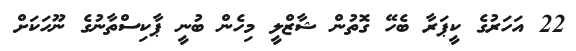
22 އަހަރުގެ ކީޕަރާ ބެހޭ ގޮތުން ޝާޒްލީ މިހެން ބުނީ ޕާކިސްތާނުގެ ނޫހަކަށް